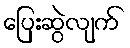
ပြေးဆွဲလျက်